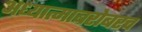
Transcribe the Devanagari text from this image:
अध्यात्माबरोबरच